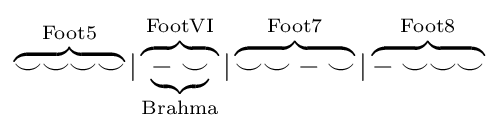
\overbrace {\smile \smile \smile \smile } ^{\mathrm {Foot5} }|\overbrace {\underbrace {-\smile } _{\mathrm {Brahma} }} ^{\mathrm {FootVI} }|\overbrace {\smile \smile -\smile } ^{\mathrm {Foot7} }|\overbrace {-\smile \smile \smile } ^{\mathrm {Foot8} }